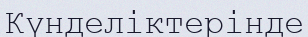
Күнделіктерінде